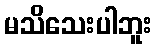
မသိသေးပါဘူး